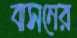
বাসনের